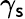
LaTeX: \gamma_{\mathsf{s}}